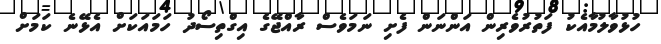
ހުޅުވާލުމާއެކު ފަތުރުވެރިން އަންނަން ފެށި ނަމަވެސް ރާއްޖޭގެ އިގްތިސޯދު ހަމައަކަށް އެޅޭނެ ކަމަށް